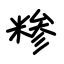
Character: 糁